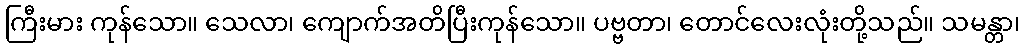
ကြီးမား ကုန်သော။ သေလာ၊ ကျောက်အတိပြီးကုန်သော။ ပဗ္ဗတာ၊ တောင်လေးလုံးတို့သည်။ သမန္တာ၊